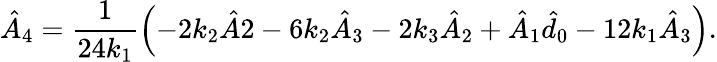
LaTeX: \hat{A}_{4}=\frac{1}{24k_{1}}\left(-2k_{2}\hat{A}2-6k_{2}\hat{A}_{3}-2k_{3}\hat{A}_{2}+\hat{A}_{1}\hat{d}_{0}-12k_{1}\hat{A}_{3}\right).